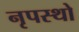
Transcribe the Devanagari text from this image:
नृपस्थो